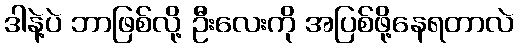
ဒါနဲ့ပဲ ဘာဖြစ်လို့ ဦးလေးကို အပြစ်ဖို့နေရတာလဲ